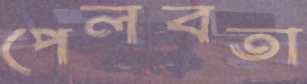
পেলবতা